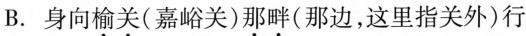
B.身向榆关（嘉峪关）那畔（那边，这里指关外）行